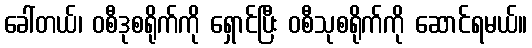
ခေါ်တယ်၊ ဝစီဒုစရိုက်ကို ရှောင်ပြီး ဝစီသုစရိုက်ကို ဆောင်ရမယ်။